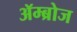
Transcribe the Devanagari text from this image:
ॲम्ब्रोज